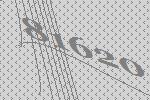
81620